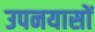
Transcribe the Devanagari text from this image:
उपनयासों